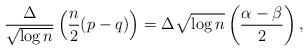
LaTeX: \begin{align*}\frac{\Delta}{\sqrt{\log n}} \left( \frac{n}2(p-q)\right) = \Delta \sqrt{\log n} \left(\frac{\alpha - \beta}2 \right),\end{align*}